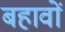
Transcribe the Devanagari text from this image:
बहावों